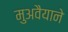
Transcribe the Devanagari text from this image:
मुअवैयाने